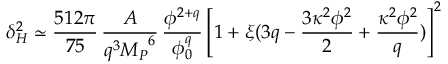
\delta _ { H } ^ { 2 } \simeq \frac { 5 1 2 \pi } { 7 5 } \, \frac { A } { q ^ { 3 } { M _ { P } } ^ { 6 } } \, \frac { \phi ^ { 2 + q } } { \phi _ { 0 } ^ { q } } \left[ 1 + \xi ( 3 q - \frac { 3 \kappa ^ { 2 } \phi ^ { 2 } } { 2 } + \frac { \kappa ^ { 2 } \phi ^ { 2 } } { q } ) \right] ^ { 2 }